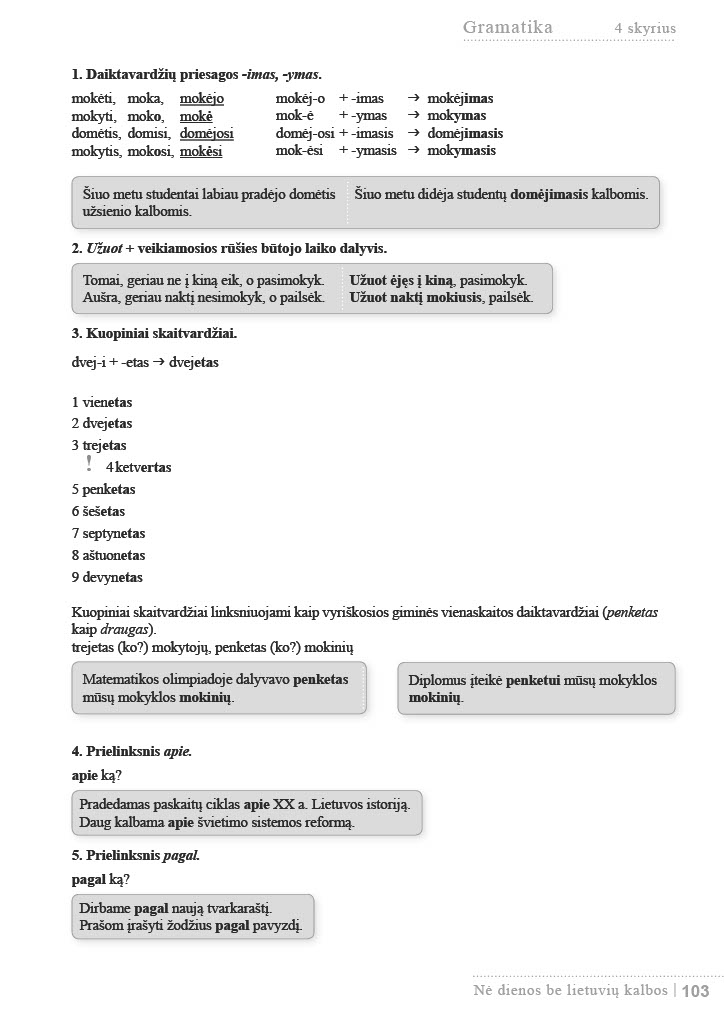
Language: lt